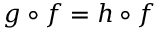
g \circ f = h \circ f